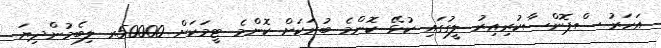
އަހަރު ސްޕޮންސާކުރިއިރު ލީގުގައި ކުޅޭ ކޮންމެ ބުރަކަށް ކޮންމެ ޓީމަކަށް 50000ރ ލިބެމުންދިޔަ